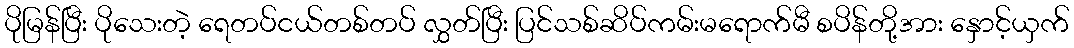
ပိုမြန်ပြီး ပိုသေးတဲ့ ရေတပ်ငယ်တစ်တပ် လွှတ်ပြီး ပြင်သစ်ဆိပ်ကမ်းမရောက်မီ စပိန်တို့အား နှောင့်ယှက်